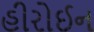
હીરોઈન